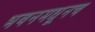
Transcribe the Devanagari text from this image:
भवनमधूनच